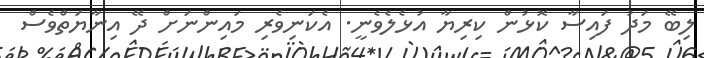
ލިބޭ މަދު ފައިސާ ކޮޅުން ކިރިޔާ އުޅެލެވެނީ. އެކަނިވެރި މައިންނަށް ދޭ އިނާޔަތްވެސް